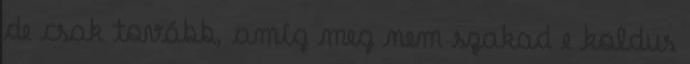
de csak tovább, amíg meg nem szakad e koldus